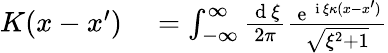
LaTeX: \begin{array}{rl}{K(x-x^{\prime})}&{{}=\int_{-\infty}^{\infty}\frac{\mathrm{~d~}\xi}{2\pi}\frac{\mathrm{~e~}^{\mathrm{~i~}\xi\kappa(x-x^{\prime})}}{\sqrt{\xi^{2}+1}}}\end{array}